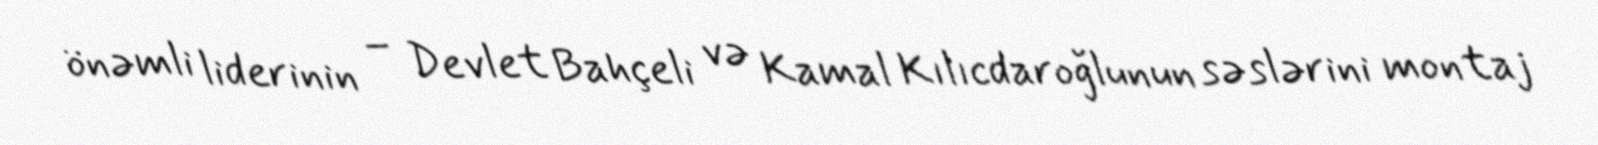
önəmli liderinin – Devlet Bahçeli və Kamal Kılıcdaroğlunun səslərini montaj